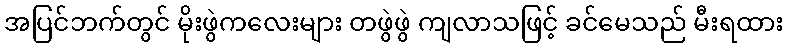
အပြင်ဘက်တွင် မိုးဖွဲကလေးများ တဖွဲဖွဲ ကျလာသဖြင့် ခင်မေသည် မီးရထား